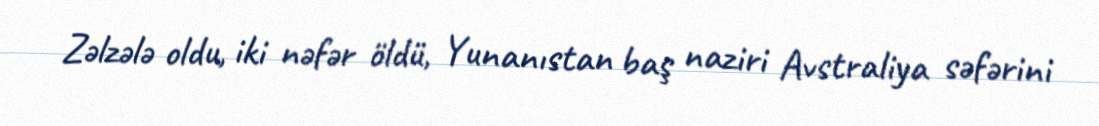
Zəlzələ oldu, iki nəfər öldü, Yunanıstan baş naziri Avstraliya səfərini